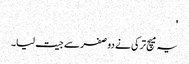
'
یہ میچ ترکی نے دو صفر سے جیت لیا۔